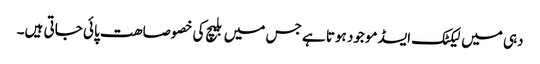
دہی میں لیکٹک ایسڈ موجود ہوتا ہے جس میں بلیچ کی خصوصاھت پائی جاتی ہیں۔